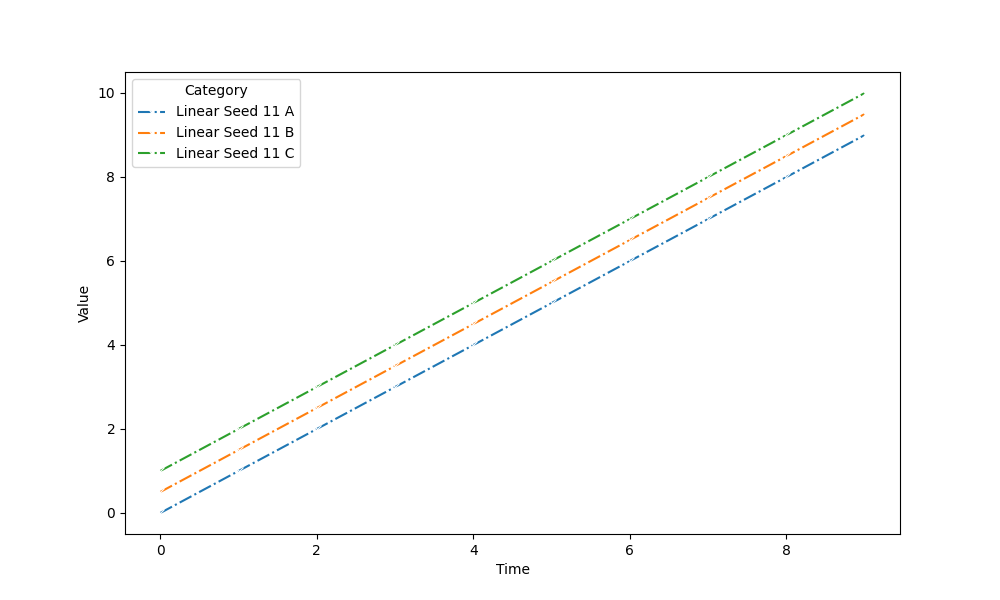
python, seaborn, lineplot, style='dashdot', marker='x'